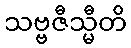
သဗ္ဗဇီသ္မီတိ